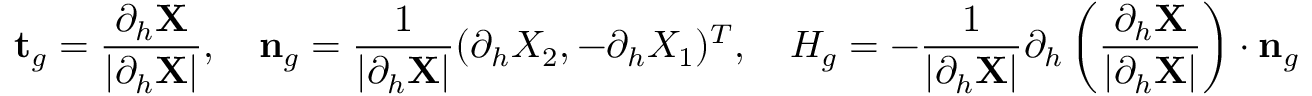
\mathbf { t } _ { g } = \frac { \partial _ { h } \mathbf { X } } { | \partial _ { h } \mathbf { X } | } , \quad \mathbf { n } _ { g } = \frac { 1 } { | \partial _ { h } \mathbf { X } | } ( \partial _ { h } X _ { 2 } , - \partial _ { h } X _ { 1 } ) ^ { T } , \quad H _ { g } = - \frac { 1 } { | \partial _ { h } \mathbf { X } | } \partial _ { h } \left( \frac { \partial _ { h } \mathbf { X } } { | \partial _ { h } \mathbf { X } | } \right) \cdot \mathbf { n } _ { g }